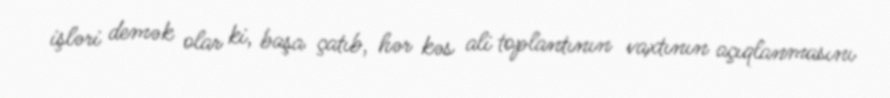
işləri demək olar ki, başa çatıb, hər kəs ali toplantının vaxtının açıqlanmasını